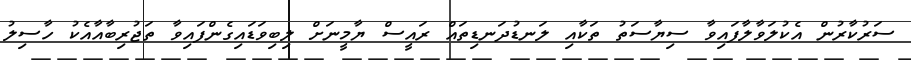
ސަރުކާރުން އެކުލަވާލާފައިވާ ސިޔާސަތު ތަކާއި ލަނޑުދަނޑިތައް ރައީސް ޔާމީނަށް ލިބިވަޑައިގެންފައިވާ ތަޖުރިބާއާއެކު ހާސިލު